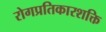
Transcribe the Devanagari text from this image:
रोगप्रतिकारशक्ति